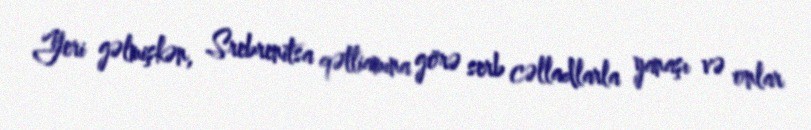
Yeri gəlmişkən, Srebrenitsa qətliamına görə serb cəlladlarla yanaşı və onlar